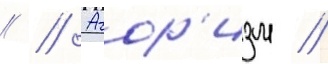
// // Агор'изм //